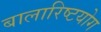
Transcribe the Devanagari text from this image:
बालारिष्टयोग